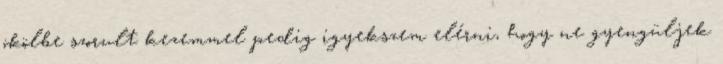
ökölbe szorult kezemmel pedig igyekszem elérni, hogy ne gyengüljek